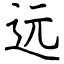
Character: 远